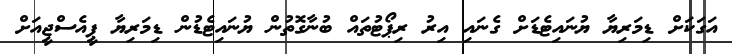
އަގަކަށް ޑިމަރިޔާ ޔުނައިޓެޑަށް ގެނައި އިރު ރިޕޯޓުތައް ބުނާގޮތުން ޔުނައިޓެޑުން ޑިމަރިޔާ ޕީއެސްޖީއަށް